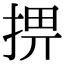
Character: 𢮧